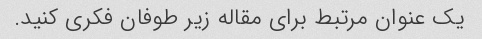
یک عنوان مرتبط برای مقاله زیر طوفان فکری کنید.